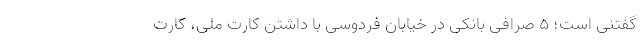
گفتنی است؛ ۵ صرافی بانکی در خیابان فردوسی با داشتن کارت ملی، کارت